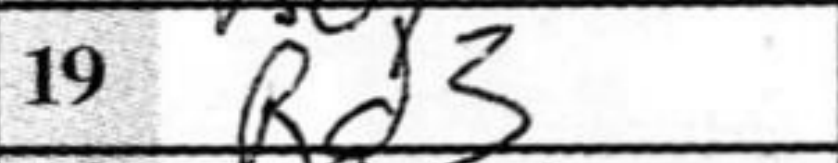
Transcription: Rd3